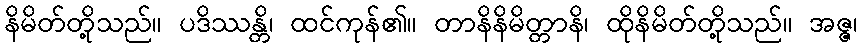
နိမိတ်တို့သည်။ ပဒိဿန္တိ၊ ထင်ကုန်၏။ တာနိနိမိတ္တာနိ၊ ထိုနိမိတ်တို့သည်။ အဇ္ဇ၊